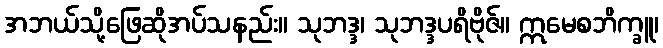
အဘယ်သို့ဖြေဆိုအပ်သနည်း။ သုဘဒ္ဒ၊ သုဘဒ္ဒပရိဗိုဇ်။ ဣမေစဘိက္ခူ၊